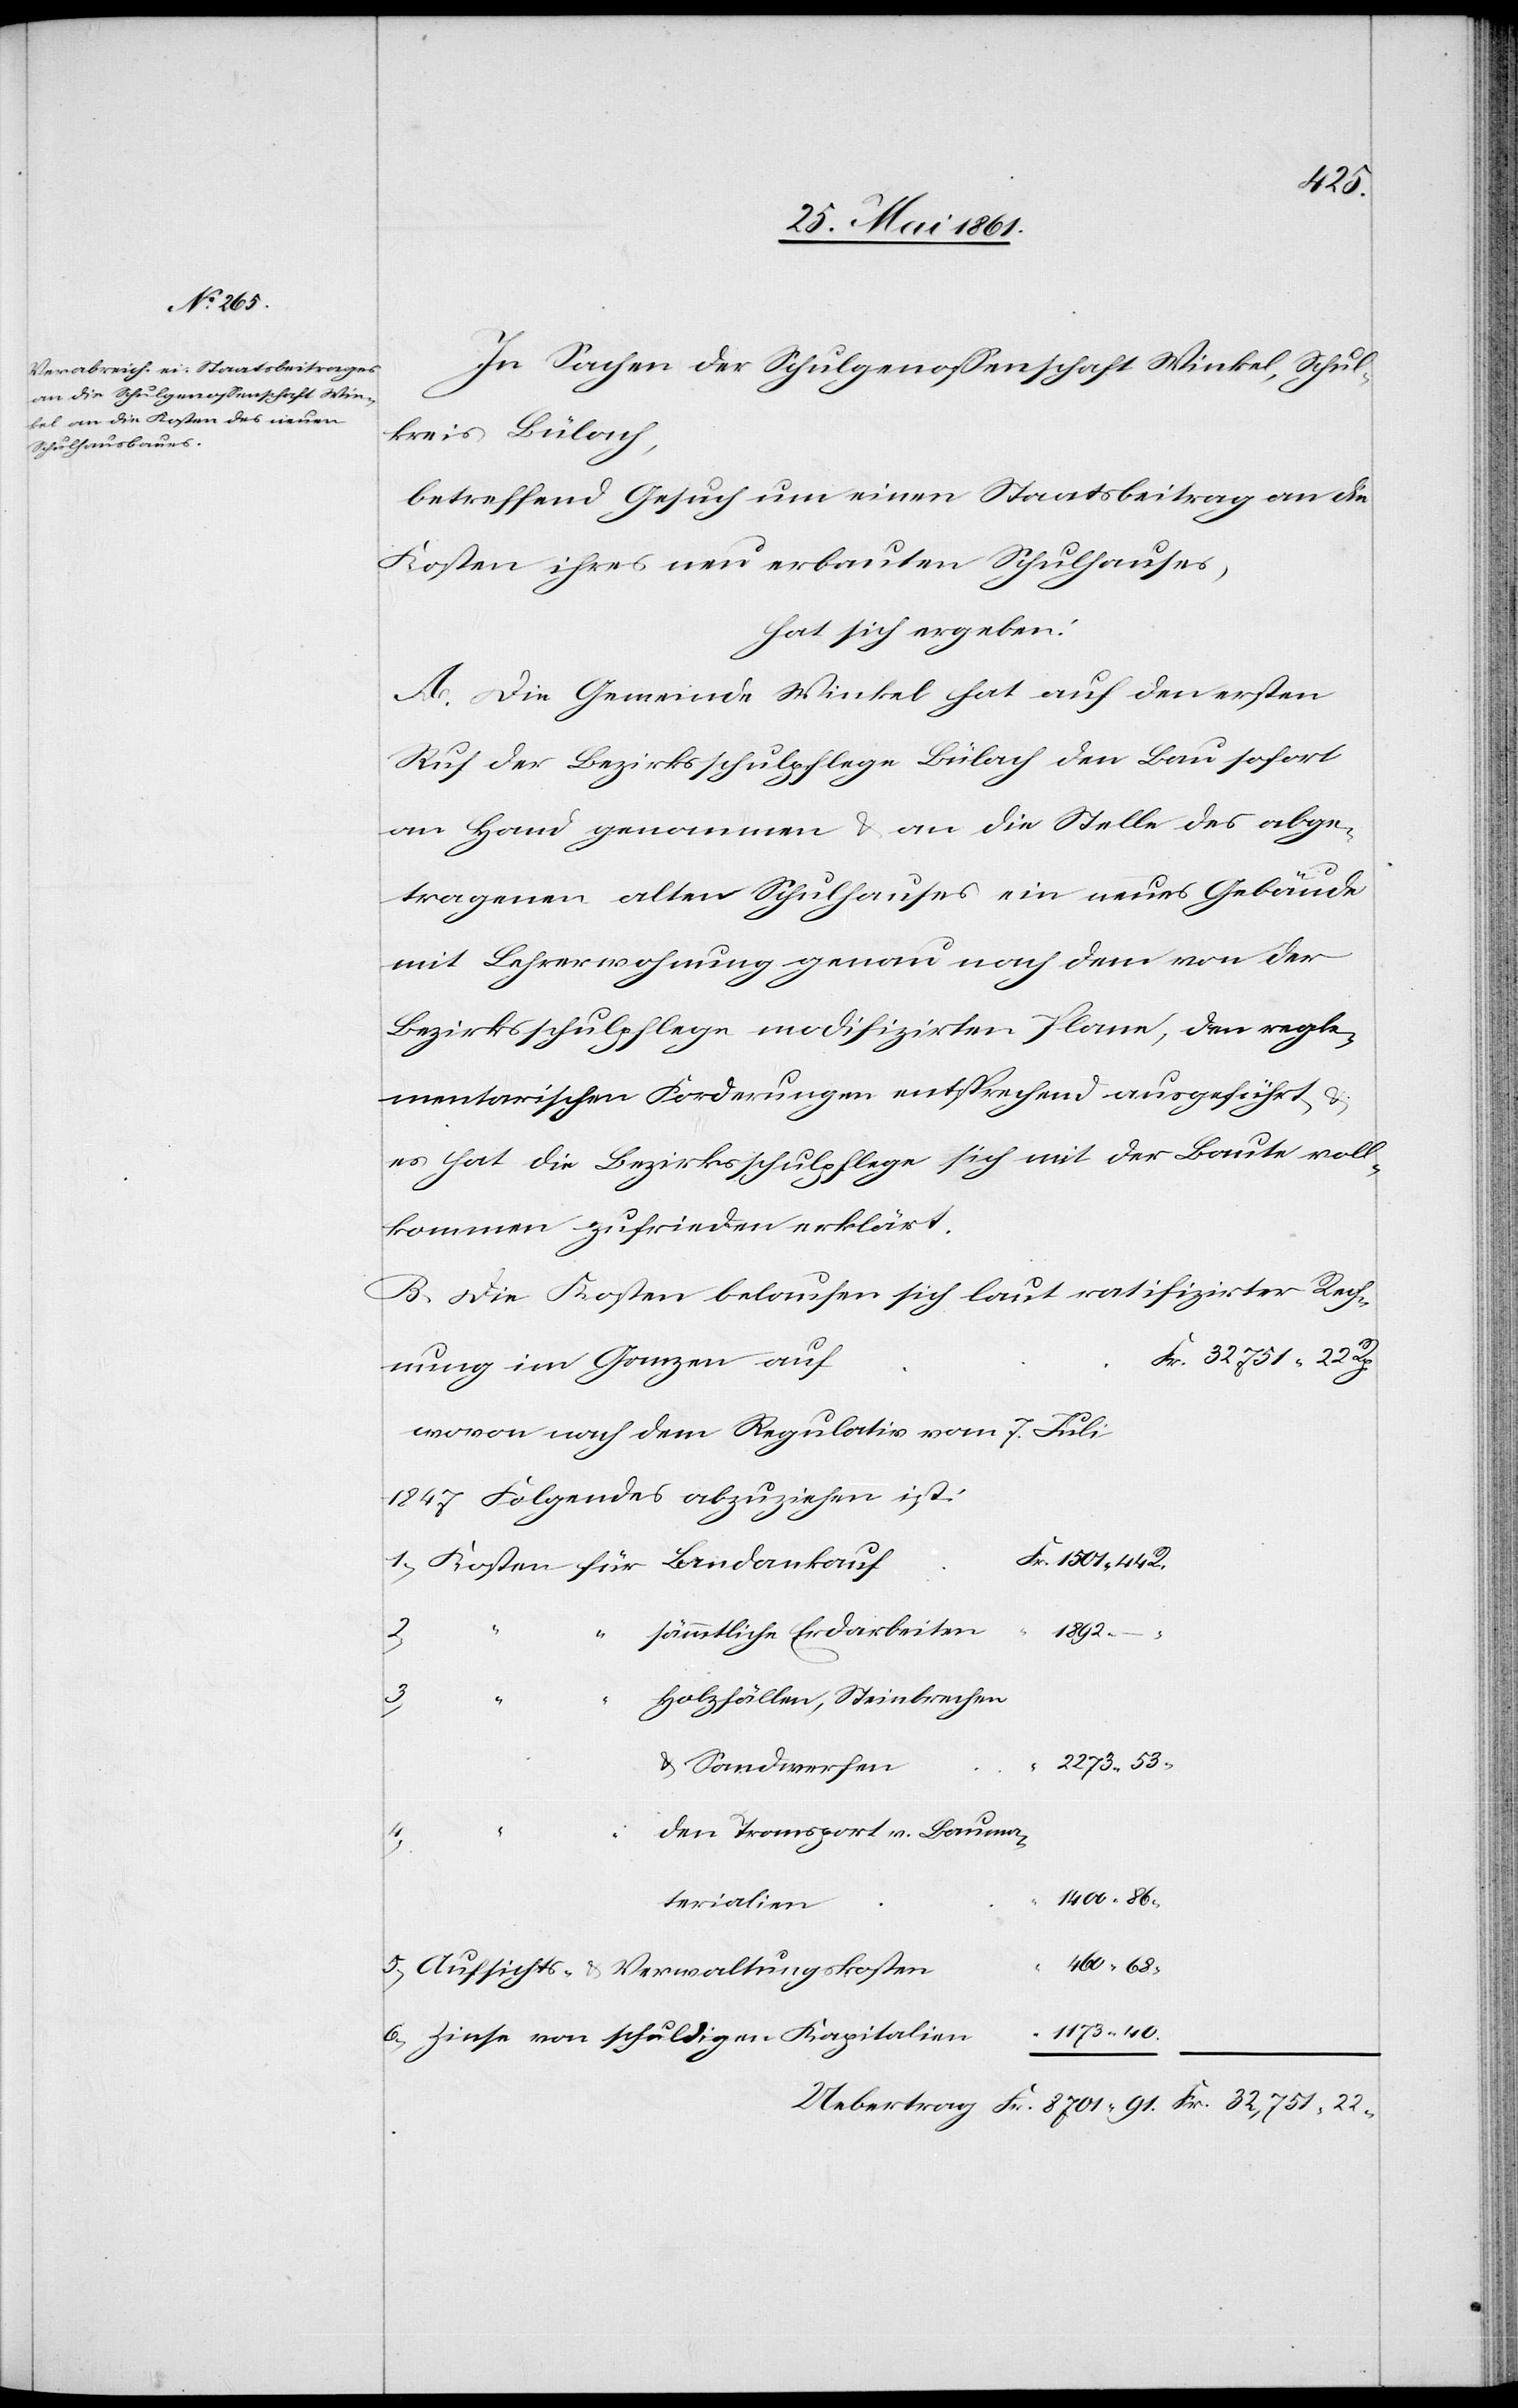
460
In Sachen der Schulgenossenschaft Winkel, Schul¬
kreis Bülach,
betreffend Gesuch um einen Staatsbeitrag an die
Kosten ihres neu erbauten Schulhauses,
hat sich ergeben:
A. Die Gemeinde Winkel hat auf den ersten
Ruf der Bezirksschulpflege Bülach den Bau sofort
an Hand genommen u. an die Stelle des abge¬
tragenen alten Schulhauses ein neues Gebäude
mit Lehrerwohnung genau nach dem von der
Bezirksschulpflege modifizirten Plane, den regle¬
mentarischen Forderungen entsprechend ausgeführt
es hat die Bezirksschulpflege sich mit der Baute voll¬
kommen zufrieden erklärt.
B. Die Kosten belaufen sich laut ratifizirter Rech¬
nung im Ganzen auf
sämmtliche Erdarbeiten
1173
Fr.
22
Fr.
Holzfällen, Steinbrechen
u. Sandwerfen
den Transport v. Bauma¬
terialien
Aufsichts- u. Verwaltungskosten
Zinse von schuldigen Kapitalien